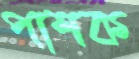
পাশক